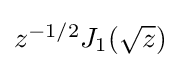
{\textstyle z^{-1/2}J_{1}({\sqrt {z}})}